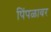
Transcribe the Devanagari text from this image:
पिंपळावर